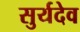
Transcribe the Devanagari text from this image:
सुर्यदेव